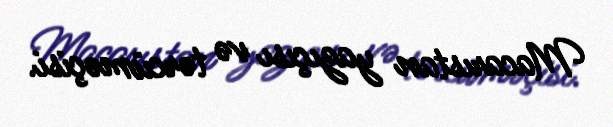
Macarıstan yazıçısı və tərcüməçisi.